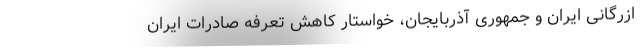
ازرگانی ایران و جمهوری آذربایجان، خواستار کاهش تعرفه صادرات ایران